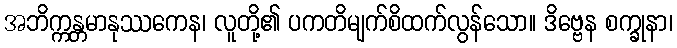
အဘိက္ကန္တမာနုဿကေန၊ လူတို့၏ ပကတိမျက်စိထက်လွန်သော။ ဒိဗ္ဗေန စက္ခုနာ၊